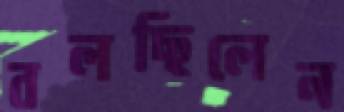
বলছিলেন